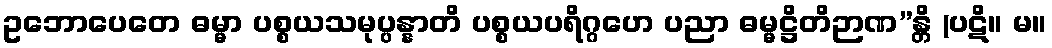
ဥဘောပေတေ ဓမ္မာ ပစ္စယသမုပ္ပန္နာတိ ပစ္စယပရိဂ္ဂဟေ ပညာ ဓမ္မဋ္ဌိတိဉာဏ”န္တိ (ပဋိ။ မ။